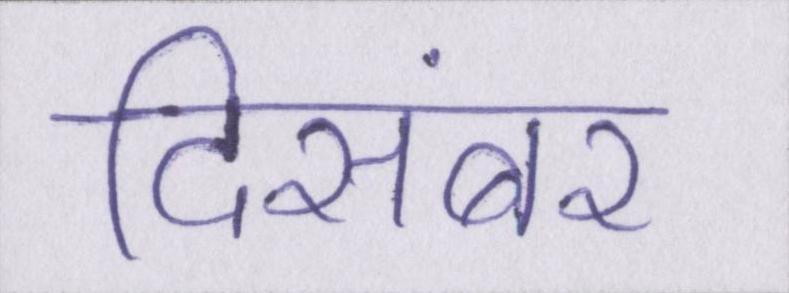
दिसंबर